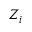
Z _ { i }